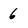
Character: 6